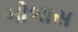
બોળાસ